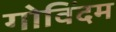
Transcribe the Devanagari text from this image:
गोविंदम